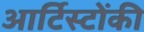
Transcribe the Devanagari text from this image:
आर्टिस्टोंकी